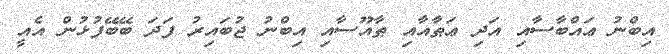
އިބްނު ޢައްބާސާއި އަދި ޢަޠާއާއި ޠާއޫސާއި އިބްނު ޖުބައިރު ފަދަ ބޭބޭފުޅުން އެއީ